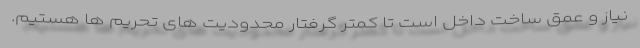
نیاز و عمق ساخت داخل است تا کمتر گرفتار محدودیت های تحریم ها هستیم.